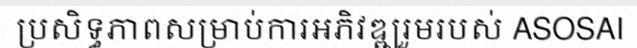
ប្រសិទ្ធភាពសម្រាប់ការអភិវឌ្ឍរួមរបស់ ASOSAI